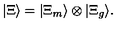
| \Xi \rangle = | \Xi _ { m } \rangle \otimes | \Xi _ { g } \rangle .